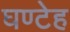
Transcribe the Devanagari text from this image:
घण्टेह